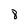
Character: 8